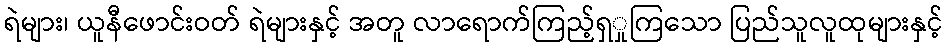
ရဲများ၊ ယူနီဖောင်းဝတ် ရဲများနှင့် အတူ လာရောက်ကြည့်ရှှုကြသော ပြည်သူလူထုများနှင့်